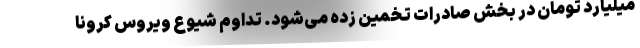
میلیارد تومان در بخش صادرات تخمین زده می‌شود. تداوم شیوع ویروس کرونا